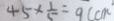
4 5 \times \frac { 1 } { 5 } = 9 ( c m